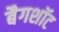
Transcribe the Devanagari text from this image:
बैगशॉट